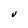
Character: V